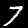
Digit: 7